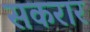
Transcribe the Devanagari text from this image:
सकरार